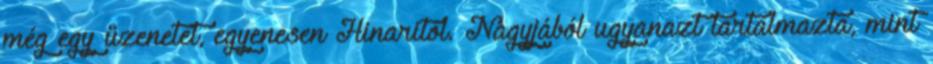
még egy üzenetet, egyenesen Hinaritól. Nagyjából ugyanazt tartalmazta, mint